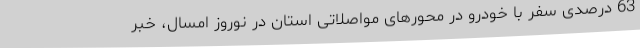
63 درصدی سفر با خودرو در محورهای مواصلاتی استان در نوروز امسال، خبر